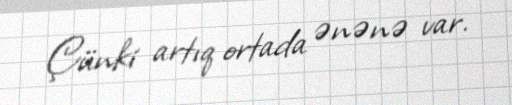
Çünki artıq ortada ənənə var.